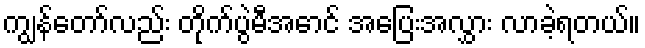
ကျွန်တော်လည်း တိုက်ပွဲမီအောင် အပြေးအလွှား လာခဲ့ရတယ်။